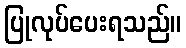
ပြုလုပ်ပေးရသည်။